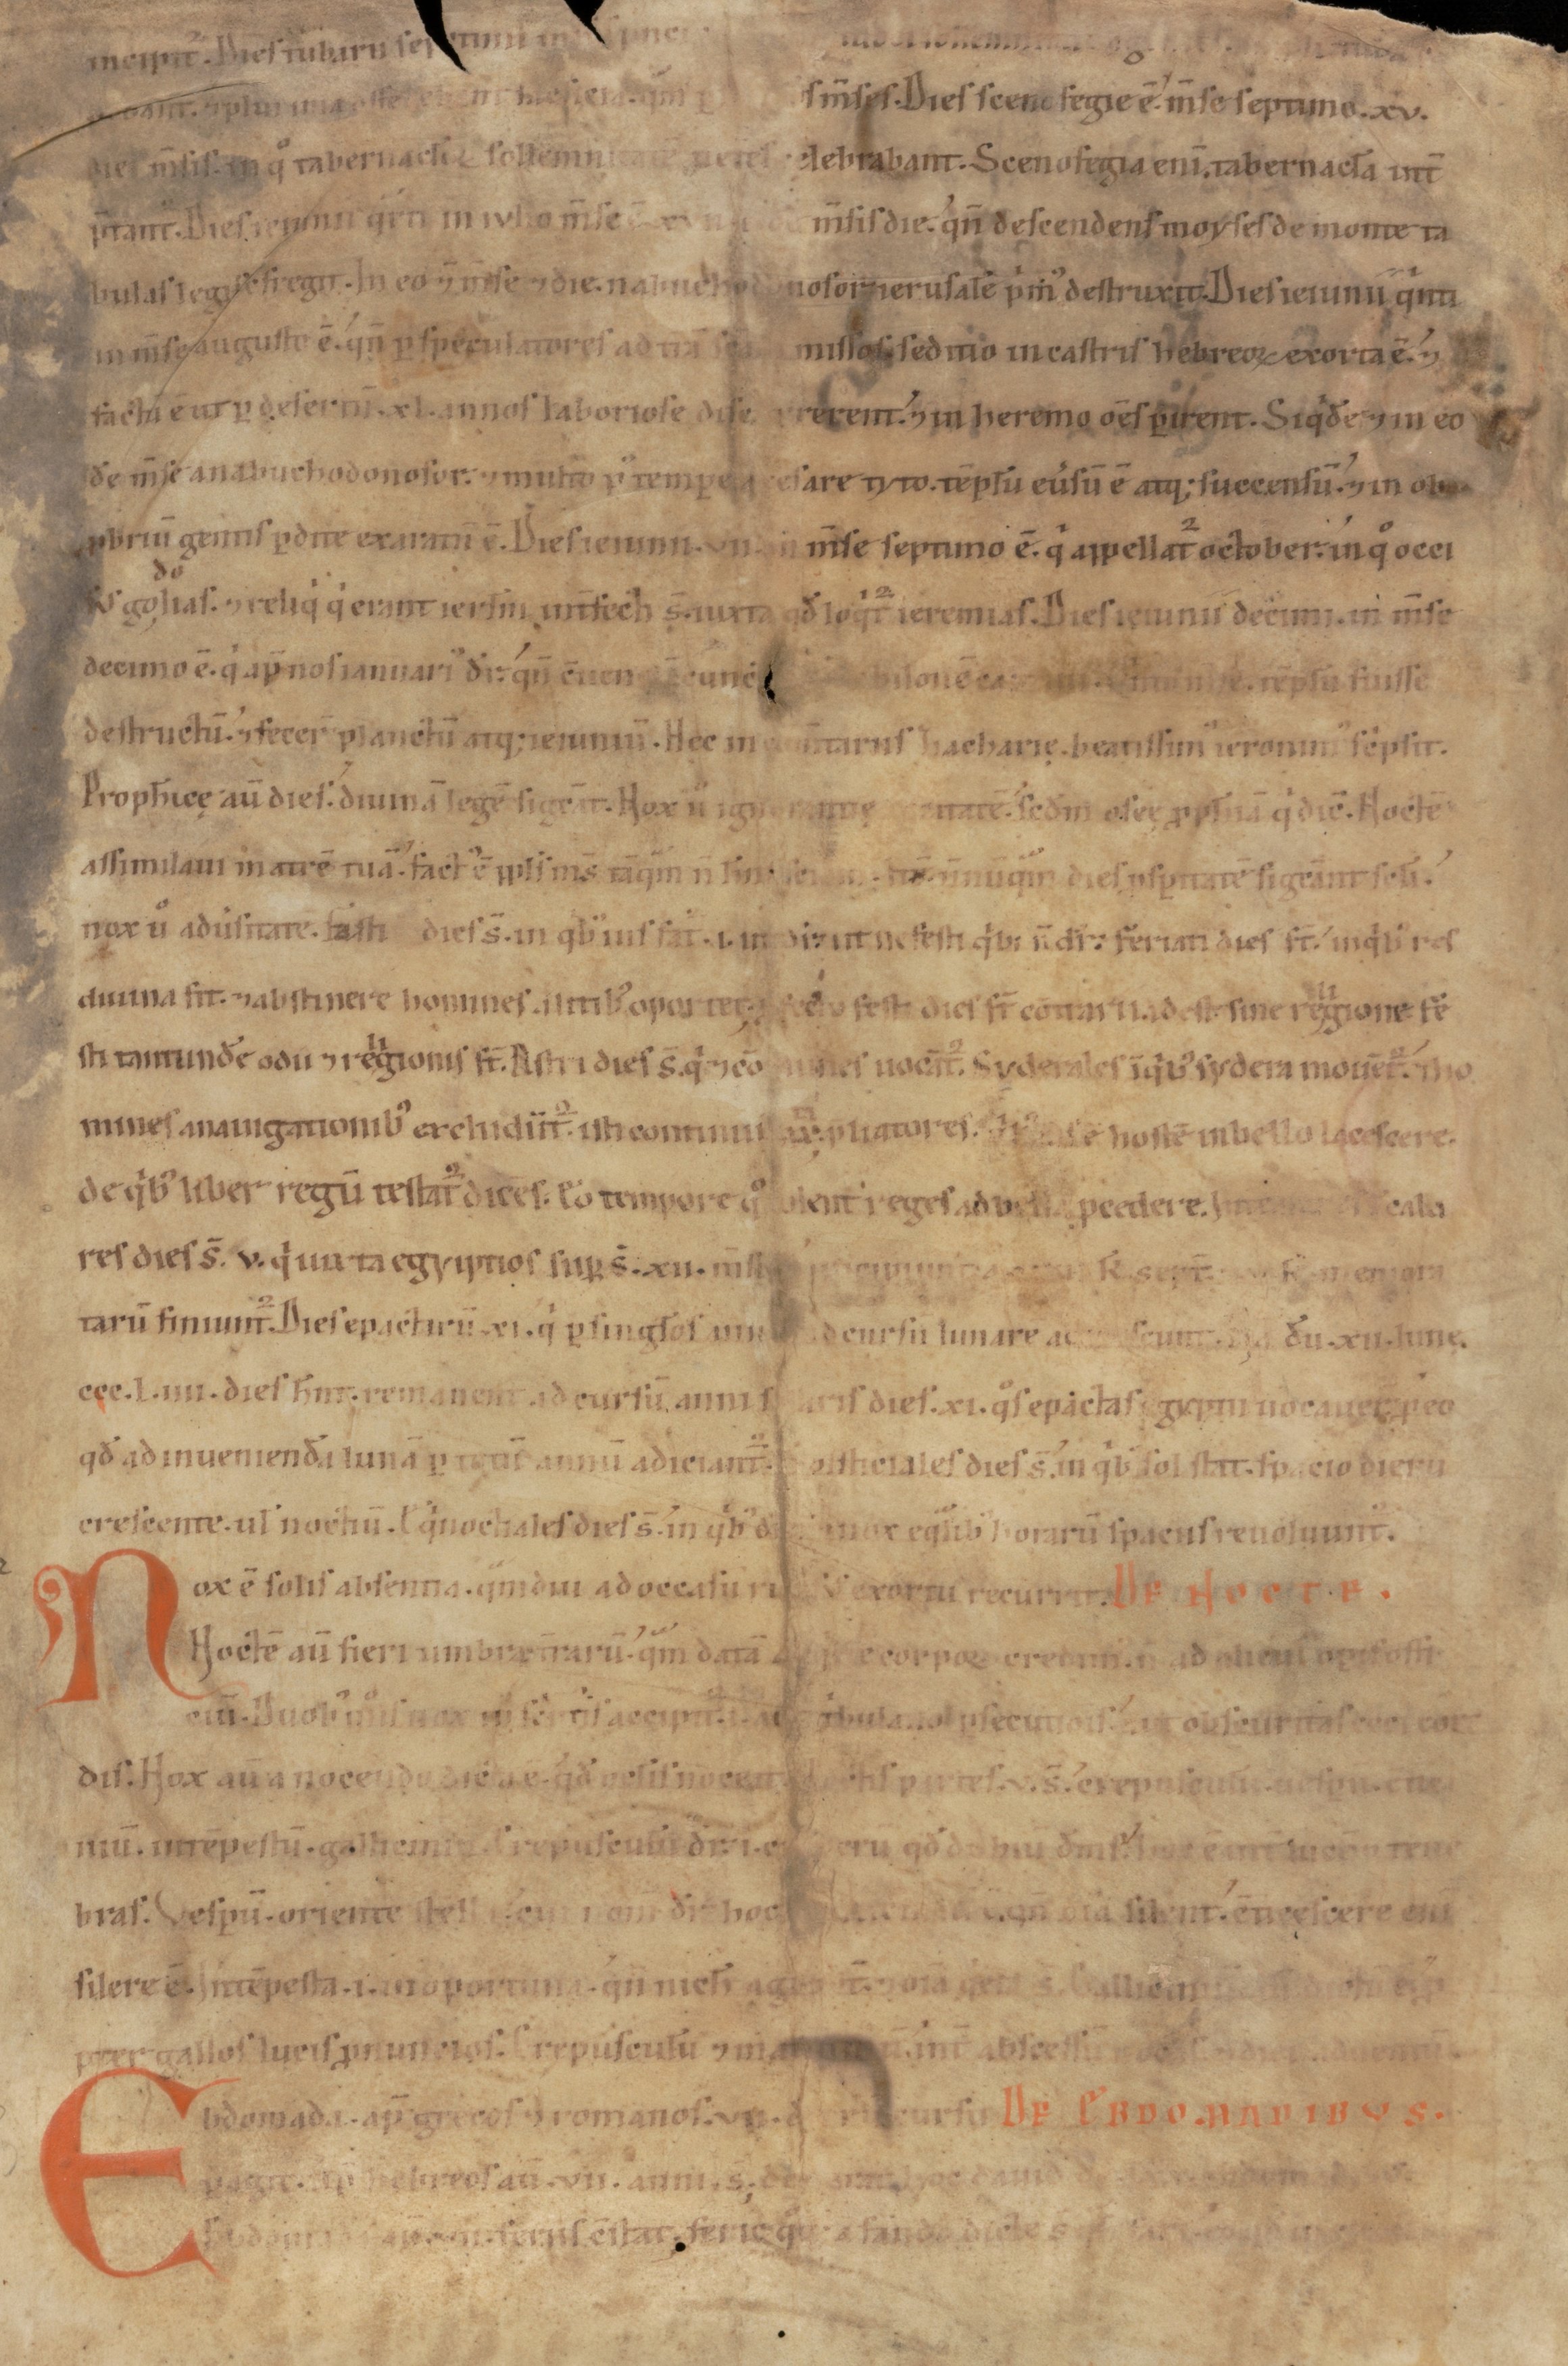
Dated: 1100–1199